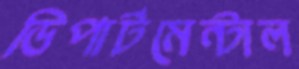
ডিপার্টমেন্টাল